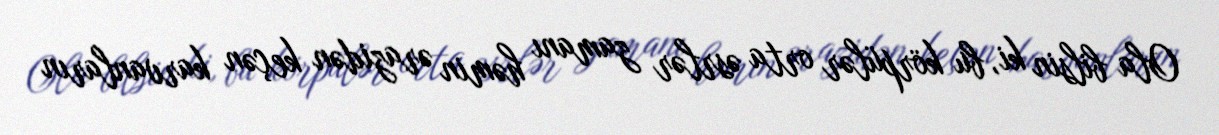
Ola bilsin ki, bu körpülər orta əsrlər zamanı həmin ərazidən keçən karvanların